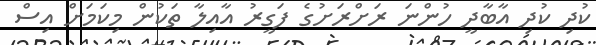
ކުދި ކުދި އާބާދީ ހުންނަ ރަށްރަށުގެ ފަގީރު އާއިލާ ތަކުން މިކަމަށް އިސް